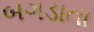
બગડાતા